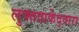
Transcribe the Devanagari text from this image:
लुफ्तवाफेद्वारा